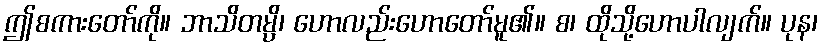
ဤစကားတော်ကို။ ဘာသိတမ္ပိ၊ ဟောလည်းဟောတော်မူ၏။ စ၊ ထိုသို့ဟောပါလျက်။ ပုန၊